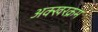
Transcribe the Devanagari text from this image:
अक्खरक्रम